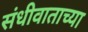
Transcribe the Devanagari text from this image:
संधीवाताच्या